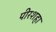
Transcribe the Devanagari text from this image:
पीरशहा